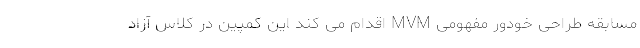
مسابقه طراحی خودور مفهومی MVM اقدام می کند این کمپین در کلاس آزاد